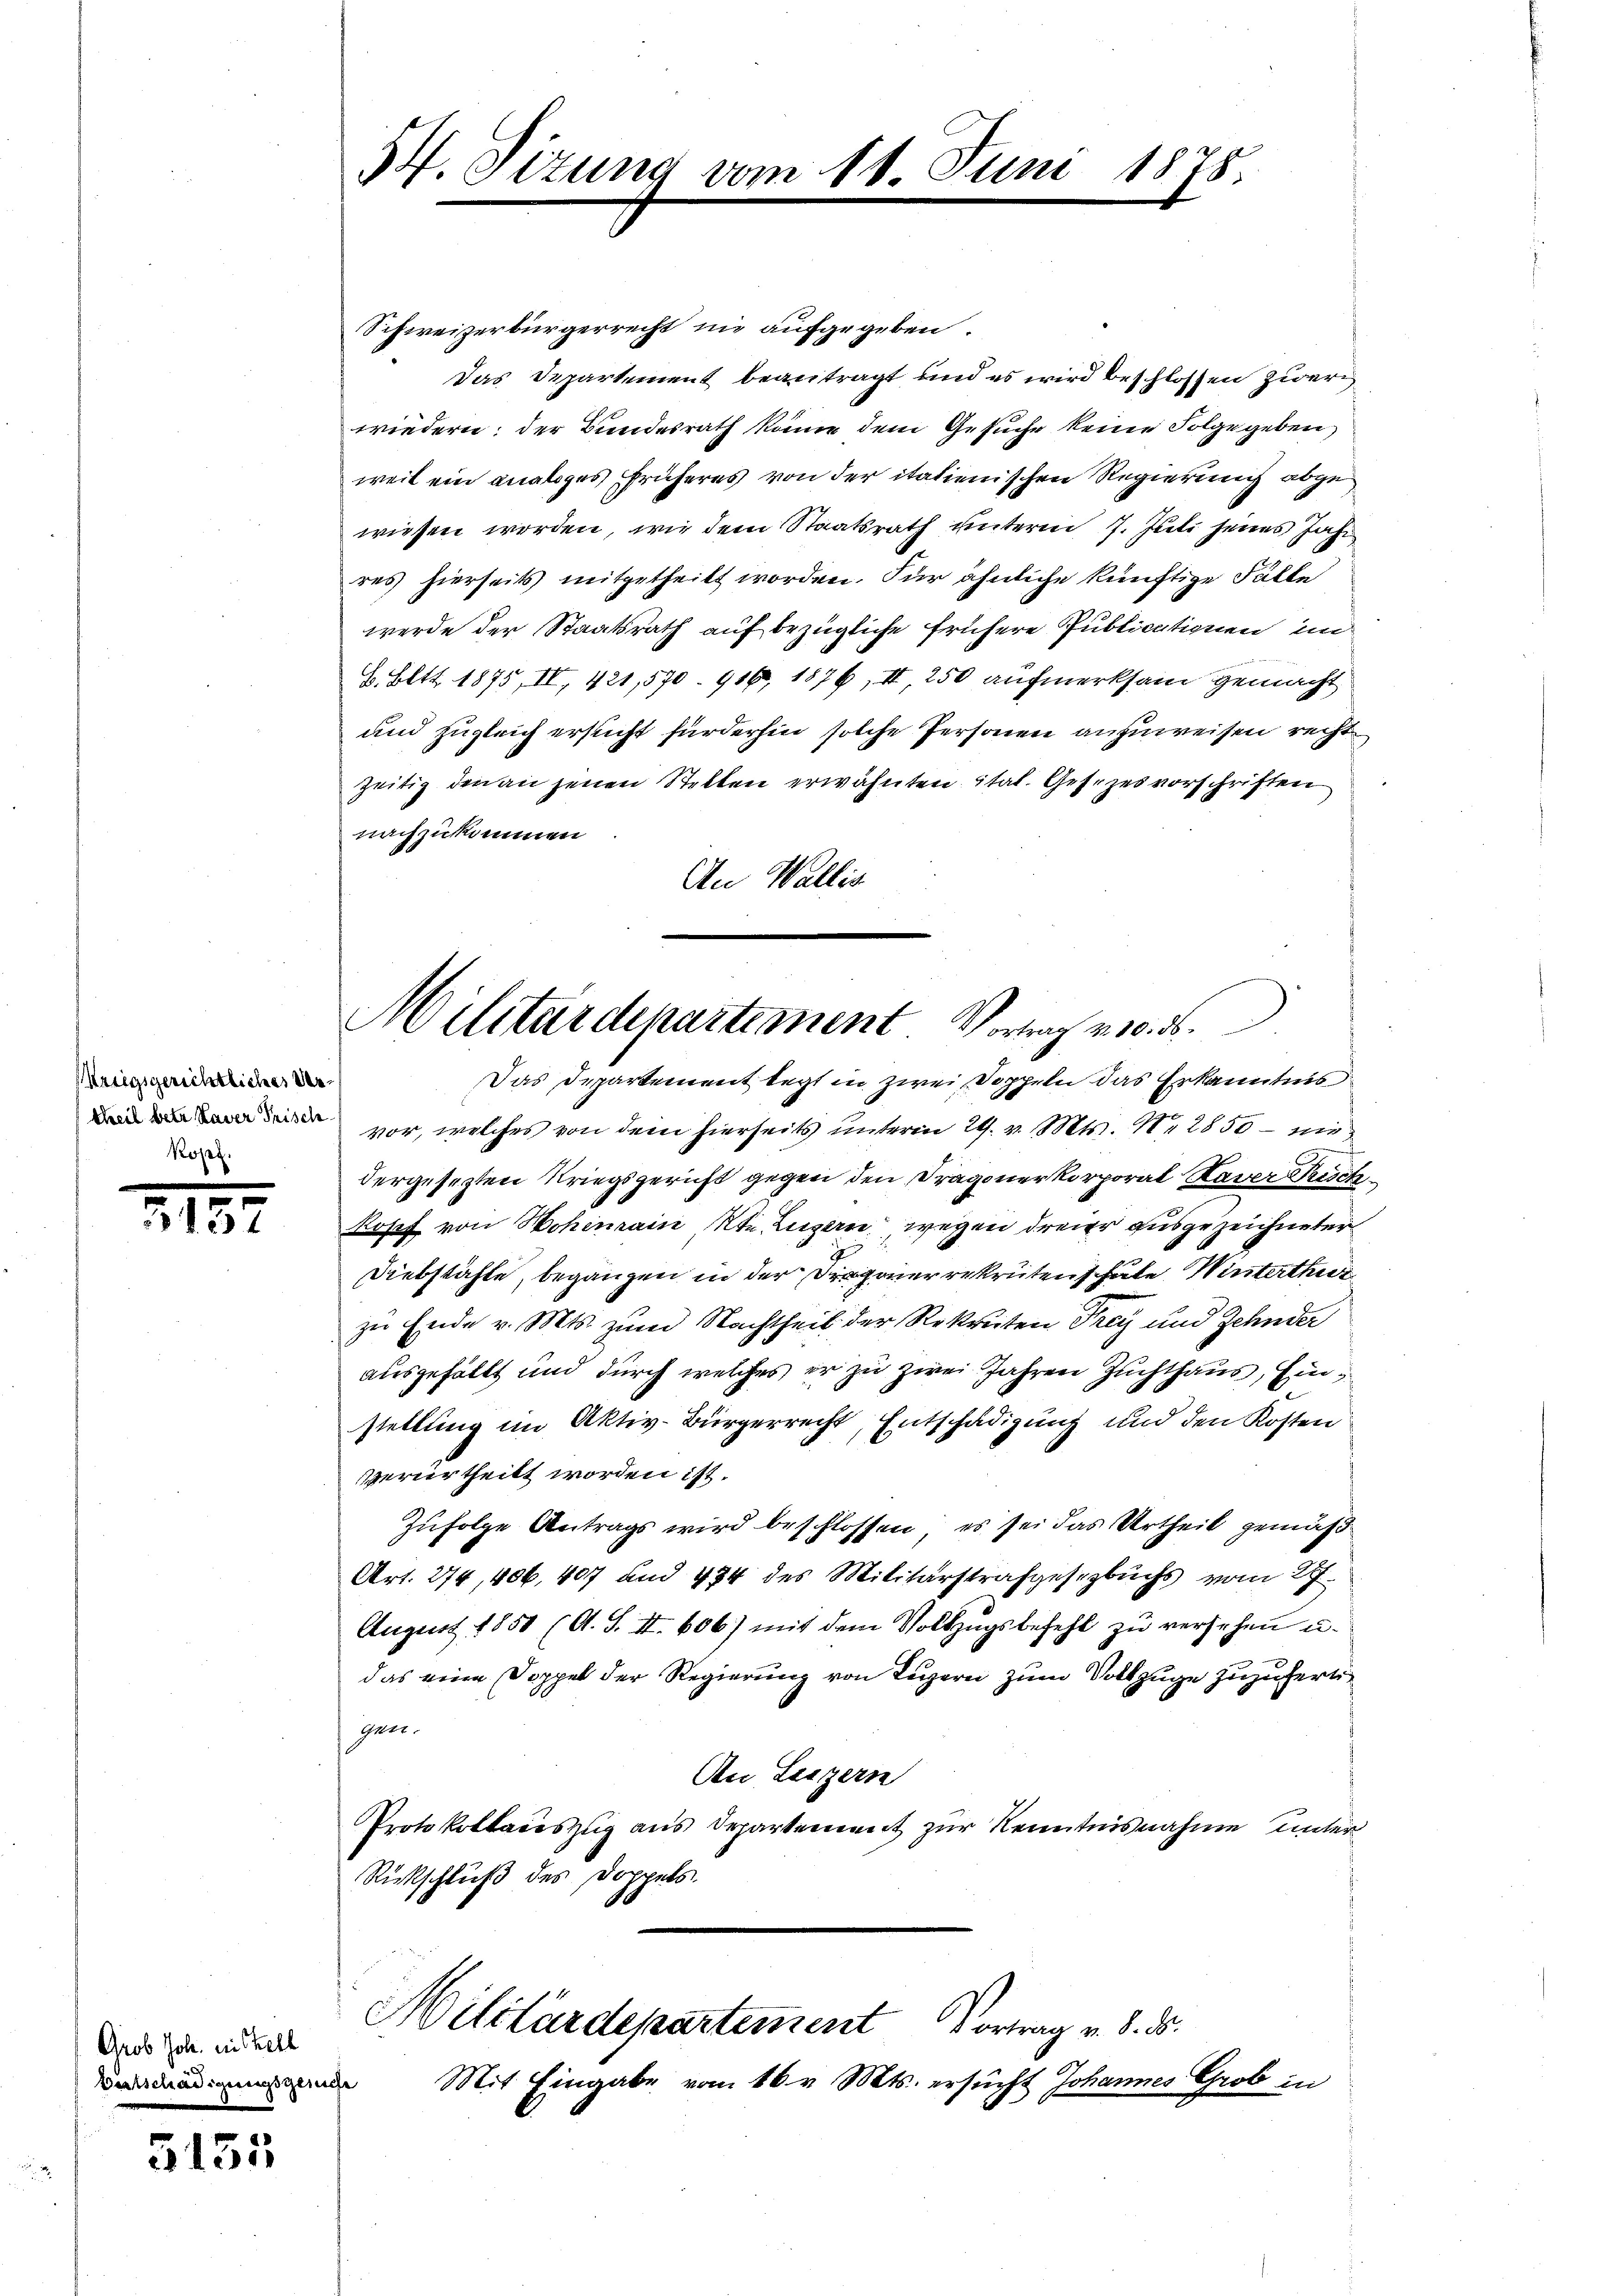
Kriegsgerichtliches Ur¬
Ropel.

212

Grob Joh. in Stell
Bertschädigungsgeriche

5155

54. Sizung von
n

Schweizerbürgerrecht in aufgegeben.
Das Departement beantragt, und es wird beschlossen zwer
wiedern; der Bundesrath könne dem Gesuche keine Folge geben
weil ein analges früheres von der italienischen Regierung abgewiesen worden, wie dem Staatsrath unterm 7. Juli jenes Jahr
res hierseits mitgetheilt worden. Für ähnliche künftige Fälle
werde der Staatsrath auf bezügliche frühere Publicationen in
E. Bett. 1875, IV, 421,570. 916, 1876, II, 250 aufmerksam gemacht
und zugleich ersucht fürderhin solche Personen anzuweisen recht
zeitig den an jenen Stellen erwähnten ital. Gesezesvorschriften
nachzukommen
An Wallis
Das Departement legt in zwei Doppeln das Erkanntnis
 vor, welches von dem hierseits unterm 29. v. Mts. Nr. 2850 – niedergesezten Kriegsgericht gegen den Dragonerkorporal Kaver Kisch
Kopf von Hohimain Kt. Luzern, wegen dreier ausgezeichneter
Diebstähle, begangen in der rierekruten schule Winterthur
zu Ende v. Mts. zum Nachtheil der Rekruten Frey und Zehnder
ausgefallt und durch welches er zu zwei Jahren Zuchthaus, Einstellung im Aktiv-Bürgerrecht, Entschädigung und den Kosten
verurtheilt worden ist.
Zufolge Antrags wird beschlossen; es sei das Urtheil gemäß
Art. 274, 406. 407 und 474 des Militärstrafgesezbuchs vom 27.
August 1850 (A. S. II. 606) mit dem Vollzŭgsbefehl zu versehen u.
das eine Doppel der Regierung von Luzern zum Vollzuge zuzufertigen.
An Luzern
Protokollauszug aus Departement zur Kenntnisnahme unter
Rückschluß des Doppels.

Militärdepartement Vortrag v. 10. d.

11. Juni

1879

Militärdepartement Vortrag v. 8. ds.
Mit Eingabe vom 16. v. Mts. ersucht Johannes Grob in